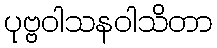
ပုဗ္ဗဝါသနဝါသိတာ